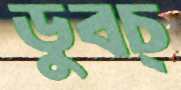
ডুবচ্